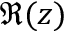
\Re ( z )